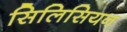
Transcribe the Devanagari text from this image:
सिलिसियन